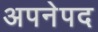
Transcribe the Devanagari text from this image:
अपनेपद